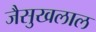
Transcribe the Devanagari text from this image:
जैसुखलाल